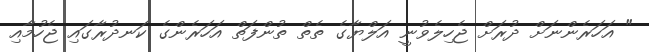
" އަހަރެންނަށް ދުރަށް ޖެހިލެވުނީ އަލްޔާގެ ތެތް ތުންފަތް އަހަރެންގެ ކަނދުރާގައި ޖެހުމާއި